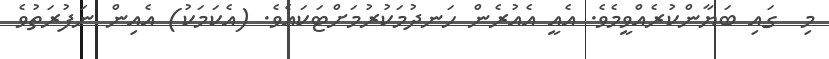
މި  ގައި ބަޔާންކުރެއްވީމެވެ. އެއީ އެއުރެން ހަނދުމަކުރުމަށްޓަކައެވެ. (އެކަމަކު) އެއިން ނަފުރަތުވެ